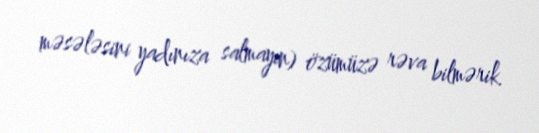
məsələsini yadınıza salmayın) özümüzə rəva bilmərik.